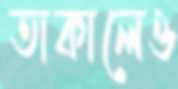
তাকালেও